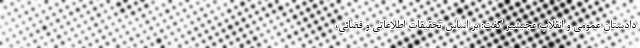
دادستان عمومی و انقلاب عجبشیر گفت: بر اساس تحقیقات اطلاعاتی و قضائی،